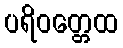
ပရိဝတ္တေထ